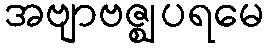
အဗျာဗဇ္ဈပရမေ